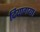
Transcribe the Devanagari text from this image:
दियागया।